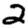
Digit: 2